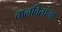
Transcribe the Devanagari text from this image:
चालवितांना